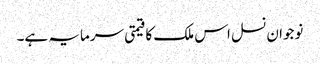
نوجوان نسل اس ملک کا قیمتی سرمایہ ہے۔